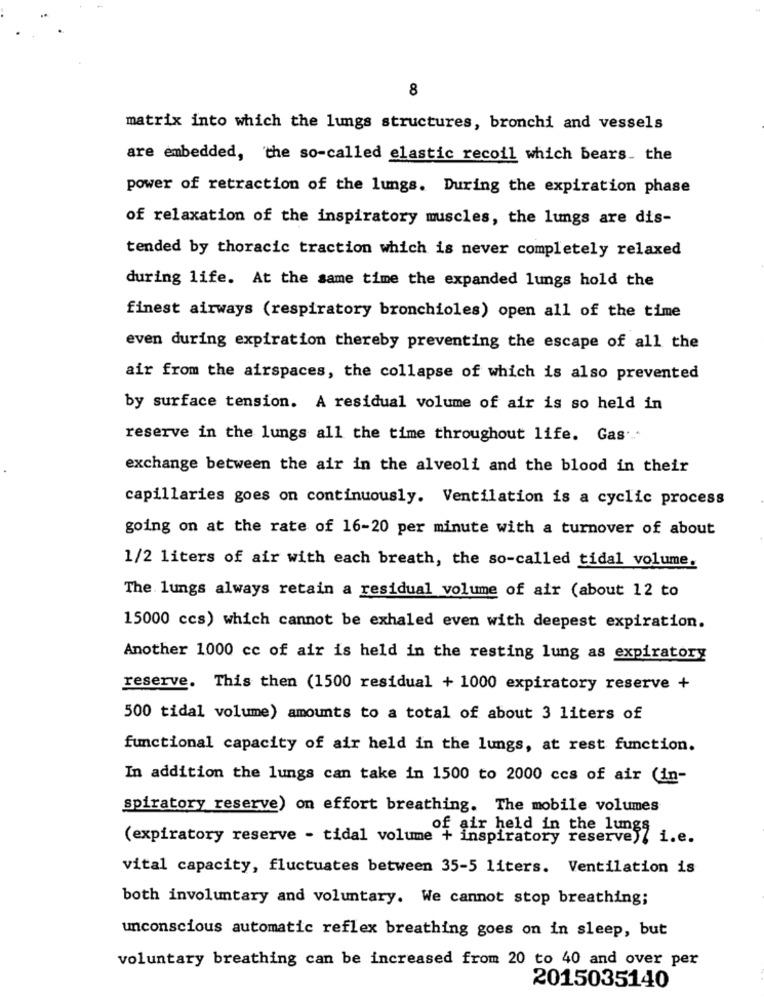
8
matrix into which the lungs structures, bronchi and vessels
are embedded, 'the so-called elastic recoil which bears. the
power of retraction of the lungs. During the expiration phase
of relaxation of the inspiratory muscles, the lungs are dis-
tended by thoracic traction which is never completely relaxed
during life. At the same time the expanded lungs hold the
finest airways (respiratory bronchioles) open all of the time
even during expiration thereby preventing the escape of all the
air from the airspaces, the collapse of which is also prevented
by surface tension. A residual volume of air is so held in
reserve in the lungs all the time throughout life. Gas ....
exchange between the air in the alveoli and the blood in their
capillaries goes on continuously. Ventilation is a cyclic process
going on at the rate of 16-20 per minute with a turnover of about
1/2 liters of air with each breath, the so-called tidal volume.
The lungs always retain a residual volume of air (about 12 to
15000 ccs) which cannot be exhaled even with deepest expiration.
Another 1000 cc of air is held in the resting lung as expiratory
reserve. This then (1500 residual + 1000 expiratory reserve +
500 tidal volume) amounts to a total of about 3 liters of
functional capacity of air held in the lungs, at rest function.
In addition the lungs can take in 1500 to 2000 ccs of air (in-
spiratory reserve) on effort breathing. The mobile volumes
of air held in the lungs
(expiratory reserve - tidal volume + inspiratory reserve)/ i.e.
vital capacity, fluctuates between 35-5 liters. Ventilation is
both involuntary and voluntary. We cannot stop breathing;
unconscious automatic reflex breathing goes on in sleep, but
voluntary breathing can be increased from 20 to 40 and over per
2015035140